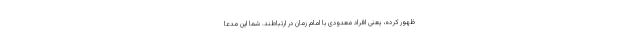
ظهور کرده، یعنی افراد معدودی با امام زمان در ارتباطند. شما این مدعا